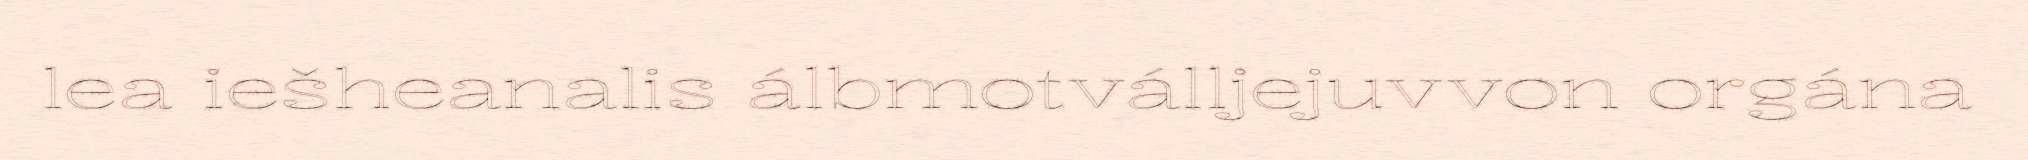
lea iešheanalis álbmotválljejuvvon orgána